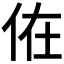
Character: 𠈚